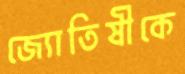
জ্যোতিষীকে